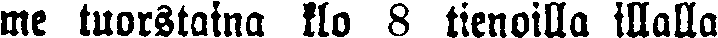
me tuorstaina klo 8 tienoilla illalla